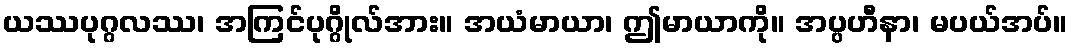
ယဿပုဂ္ဂလဿ၊ အကြင်ပုဂ္ဂိုလ်အား။ အယံမာယာ၊ ဤမာယာကို။ အပ္ပဟီနာ၊ မပယ်အပ်။